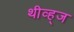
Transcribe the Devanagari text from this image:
थीव्ह्‌ज